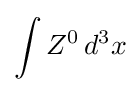
\int Z^{0}\,d^{3}x